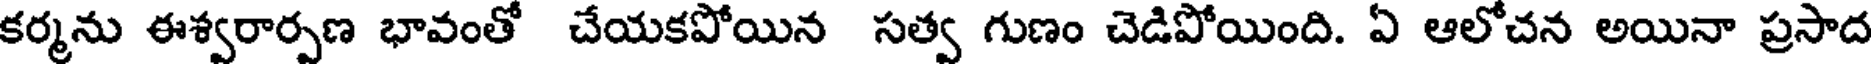
కర్మను ఈశ్వరార్పణ భావంతో చేయకపోయిన సత్వ గుణం చెడిపోయింది. ఏ ఆలోచన అయినా ప్రసాద